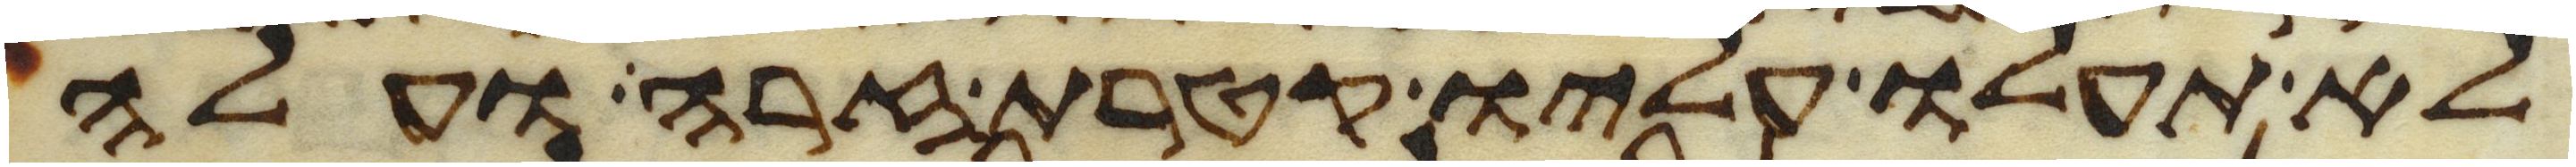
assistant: לא תעלו עליו קטרת זרה ועלה